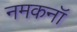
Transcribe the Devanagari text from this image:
नमकनॉ